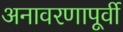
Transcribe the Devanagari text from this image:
अनावरणापूर्वी